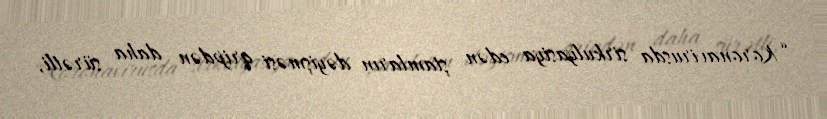
“Koronavirusda sirkulyasiya edən ştamların dəyişməsi qripdən daha sürətli,